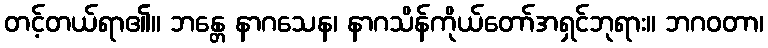
တင့်တယ်ရာ၏။ ဘန္တေ နာဂသေန၊ နာဂသိန်ကိုယ်တော်အရှင်ဘုရား။ ဘဂဝတာ၊